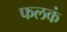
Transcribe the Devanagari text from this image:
फलकं